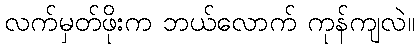
လက်မှတ်ဖိုးက ဘယ်လောက် ကုန်ကျလဲ။